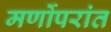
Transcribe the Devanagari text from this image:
मर्णोपरांत